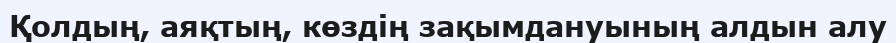
Қолдың, аяқтың, көздің зақымдануының алдын алу